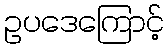
ဥပဒေကြောင့်